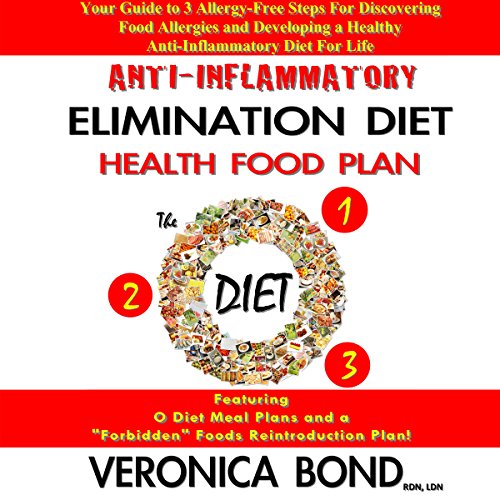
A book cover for Anti-Inflammatory Elimination Diet Health Food Plan: Your Guide to 3 Allergy-Free Steps for Discovering Food Allergies and Developing a Healthy Anti-Inflammatory Diet for Life; Veronica Bond; Health, Fitness & Dieting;